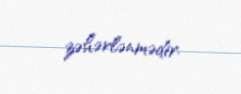
zəhərlənmədir.